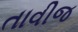
તાવીજ